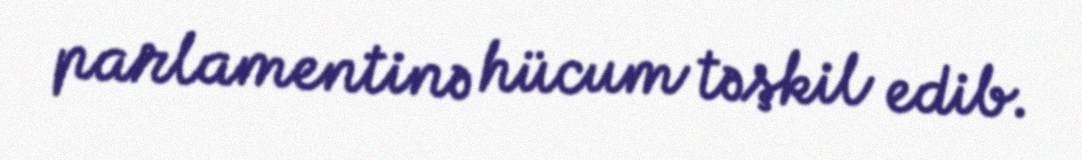
parlamentinə hücum təşkil edib.